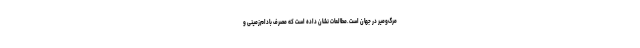
مرگ‌ومیر در جهان است.مطالعات نشان داده است که مصرف بادام‌زمینی و